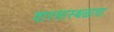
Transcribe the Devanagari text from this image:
वारसास्थळाचा